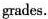
grades.